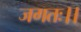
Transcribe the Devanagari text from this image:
जगतः।।